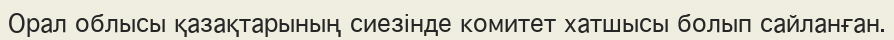
Орал облысы қазақтарының сиезінде комитет хатшысы болып сайланған.